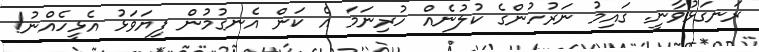
ރަނގަޅުވާނީ. ގައިމު ނަރުހުންގެ ކުލުނެއް ހުރިނަމަ އެ ކަން އެނގުމުން ފިޔަވަޅު އެޅީހެއްނު!